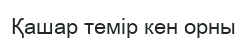
Қашар темір кен орны